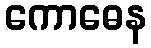
ကောဓေန